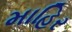
માહિર